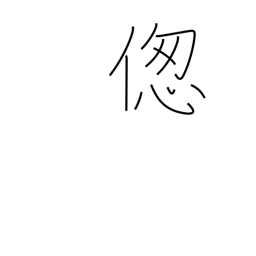
Meaning: suffer